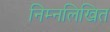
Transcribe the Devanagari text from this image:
निम्‍नलिखित